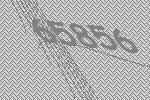
65856